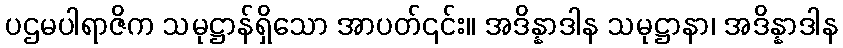
ပဌမပါရာဇိက သမုဋ္ဌာန်ရှိသော အာပတ်၎င်း။ အဒိန္နာဒါန သမုဋ္ဌာနာ၊ အဒိန္နာဒါန